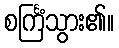
စင်္ကြံသွား၏။